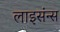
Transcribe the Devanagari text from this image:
लाइसंन्स